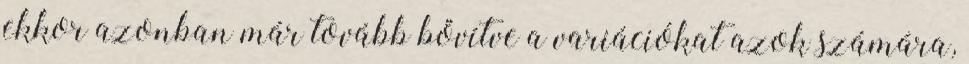
ekkor azonban már tovább bővítve a variációkat azok számára,